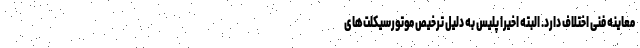
معاینه فنی اختلاف دارد. البته اخیرا پلیس به دلیل ترخیص موتورسیکلت‌های